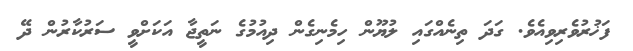
ފަޚުރުވެރިވިއެވެ. ގަދަ ތިނެއްގައި ލުޔޫން ހިމެނިގެން ދިއުމުގެ ނަތީޖާ އަކަށްވީ ސަރުކާރުން ދޭ